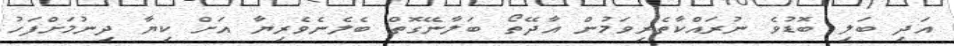
އަަދި ބަލި ބޮޑުވެ ނުރައްކާތެރިވަމުން އާދޭތޯ ބަލާނޭގޮތް ބެލެނެވެރިޔާ އަށް ކިޔާ ދިނުމަށްފަހު